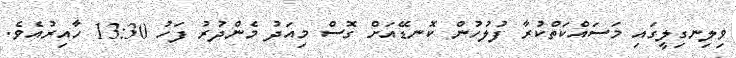
ވިލިނގިލީގައި މަސައްކަތްކުރާ ފުލުހުން ކޮނޑޭއަށް ގޮސް މިއަދު މެންދުރު ފަހު 13:30 ހާއިރުއެވެ.